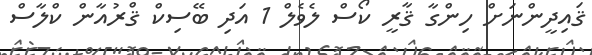
ޤައިދީންނަށް ހިންގާ ޤާރީ ކޯސް ލެވެލް 1 އަދި ބޭސިކް ޤްރުއާން ކްލާސް